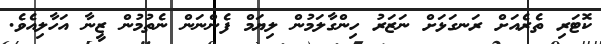
ކޮޓަރި ތެރެއަށް ރަނގަޅަށް ނަޒަރު ހިންގާލަމުން ލިޔަމް ފެންނަން ނެތުމުން ޒީނާ އަހާލިއެވެ.